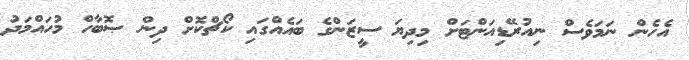
އެހެން ނަމަވެސް ނިއުރޭޑިއަންޓަށް މިދިޔަ ސީޒަންގެ ބައެއްގައި ކޯޗްކޮށް ދިން ޞޮބާހް މުހައްމަދު